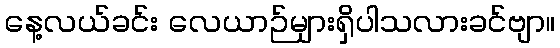
နေ့လယ်ခင်း လေယာဉ်များရှိပါသလားခင်ဗျာ။